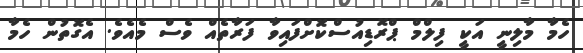
ހެމާ މާލިނީ އަކީ ފިލްމް ޕްރޮޑިއުސްކޮށްފައިވާ ފަރާތެއް ވެސް މެއެވެ. އެގޮތުން ހެމާ